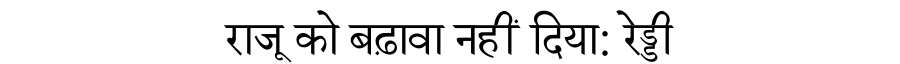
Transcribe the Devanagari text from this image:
राजू को बढ़ावा नहीं दिया: रेड्डी